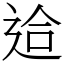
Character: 䢔